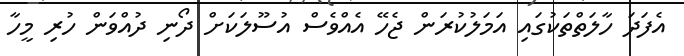
އެފަދަ ހާލަތްތަކުގައި އަމަލުކުރަން ޖެހޭ އެއްވެސް އުސޫލަކަށް ދޯނި ދުއްވަން ހުރި މީހާ